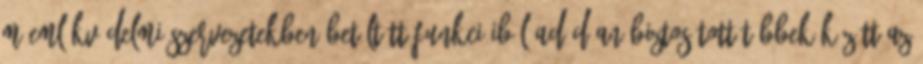
műemlékvédelmi szervezetekben betöltött funkcióiból adódóan biztosított többek között az